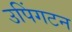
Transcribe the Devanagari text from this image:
उपिंगटन